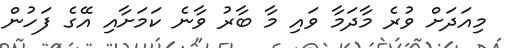
މިއަދަށް ވުރެ މާދަމާ ވައި މާ ބާރު ވާނެ ކަމަށާއި އޭގެ ފަހުން